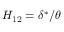
H _ { 1 2 } = \delta ^ { * } / \theta